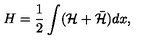
H = \frac { 1 } { 2 } \int ( { \cal H } + \bar { \cal H } ) d x ,